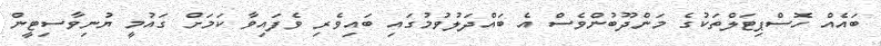
ބައެއް ހޮސްޕިޓަލްތަކުގެ މަންދޫބުންވެސް އެ ބައްދަލުވުމުގައި ބައިވެރި ވެފައިވާ ކަމަށް ގައުމީ ޔުނިވާސިޓީން